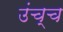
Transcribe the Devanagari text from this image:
उंच्च